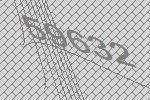
59632